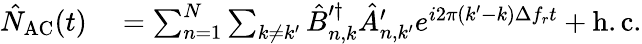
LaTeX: \begin{array}{rl}{\hat{N}_{\mathrm{AC}}(t)}&{{}=\sum_{n=1}^{N}\sum_{k\neq k^{\prime}}\hat{B}_{n,k}^{\prime\dagger}\hat{A}_{n,k^{\prime}}^{\prime}e^{i2\pi(k^{\prime}-k)\Delta f_{r}t}+\mathrm{h.c.}}\end{array}